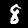
Digit: 8